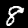
Label: 8